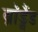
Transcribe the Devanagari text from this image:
ब्रॉड्बैंड